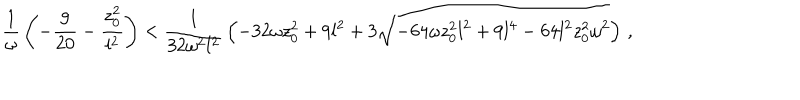
{ \frac { 1 } { \omega } } \left( - { \frac { 9 } { 2 0 } } - { \frac { z _ { 0 } ^ { 2 } } { l ^ { 2 } } } \right) < { \frac { 1 } { 3 2 \omega ^ { 2 } l ^ { 2 } } } \left( - 3 2 \omega z _ { 0 } ^ { 2 } + 9 l ^ { 2 } + 3 \sqrt { - 6 4 \omega z _ { 0 } ^ { 2 } l ^ { 2 } + 9 l ^ { 4 } - 6 4 l ^ { 2 } z _ { 0 } ^ { 2 } \omega ^ { 2 } } \right) \, ,